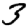
Digit: 3